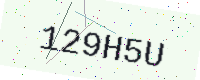
Text: 129H5U